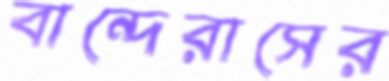
বান্দেরাসের